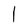
Character: I